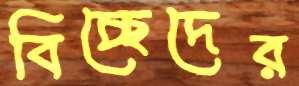
বিচ্ছেদের